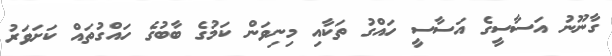
ގާނޫނު އަސާސީގެ އަސާސީ ހައްގު ތަކާއި މިނިވަން ކަމުގެ ބާބުގެ ހައްގުތައް ކަށަވަރު